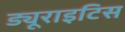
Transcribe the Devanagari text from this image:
ड्यूराइटिस